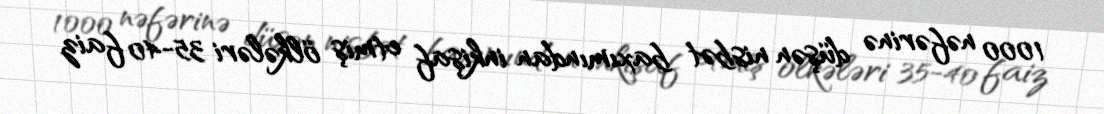
1000 nəfərinə düşən nisbət baxımından inkişaf etmiş ölkələri 35-40 faiz